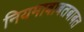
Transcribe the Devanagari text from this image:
नियमाबाबतबाबत